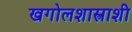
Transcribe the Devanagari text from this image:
खगोलशास्त्राशी